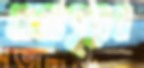
রাজাপুরের